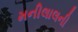
મનીલાલની